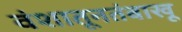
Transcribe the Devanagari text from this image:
वंशातूनतंबाखू